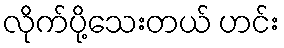
လိုက်ပို့သေးတယ် ဟင်း